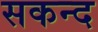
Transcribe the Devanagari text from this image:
सकन्द